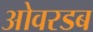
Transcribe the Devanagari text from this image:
ओवरडब